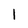
Character: 1